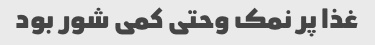
غذا پر نمک وحتی کمی شور بود